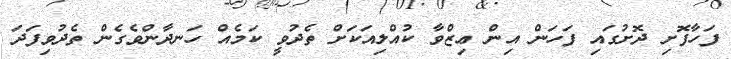
ފަހާފޮށި ދޮށުގައި ފަހަން އިން ޢިޒްވާ ކުއްލިއަކަށް ތެދުވީ ކަމެއް ހަނދާންވެގެން ތެދުވިފަދަ